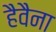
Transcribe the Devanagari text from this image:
हैवैना